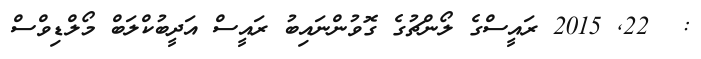
:  22